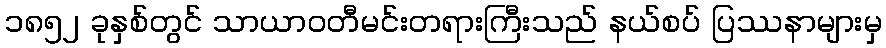
၁၈၅၂ ခုနှစ်တွင် သာယာဝတီမင်းတရားကြီးသည် နယ်စပ် ပြဿနာများမှ